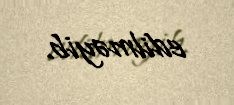
edilməyib.